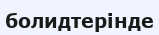
болидтерінде